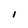
Character: I